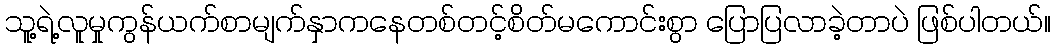
သူ့ရဲ့လူမှုကွန်ယက်စာမျက်နှာကနေတစ်တင့်စိတ်မကောင်းစွာ ပြောပြလာခဲ့တာပဲ ဖြစ်ပါတယ်။